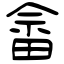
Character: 畲